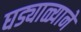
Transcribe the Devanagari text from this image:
घड्याळ्याने